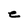
Character: e